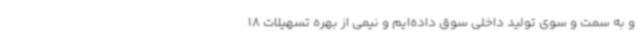
و به سمت و سوی تولید داخلی سوق داده‌ایم و نیمی از بهره تسهیلات 18